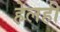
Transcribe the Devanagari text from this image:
हेलही